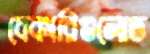
বেকারিগুলোত